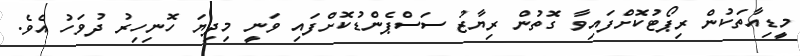
މީޑިއާތަކުން ރިޕޯޓުކޮށްފައިވާ ގޮތުން ރިޔާޒު ސަސްޕެންޑުކޮށްފައި ވަނީ މިދިޔަ ހޮނިހިރު ދުވަހު އެވެ.